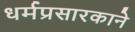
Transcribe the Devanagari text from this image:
धर्मप्रसारकाने